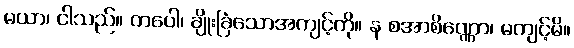
မယာ၊ ငါသည်။ တပေါ၊ ချိုးခြံသောအကျင့်ကို။ န စအာစိဏ္ဏော၊ မကျင့်မိ။